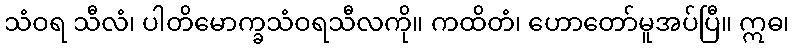
သံဝရ သီလံ၊ ပါတိမောက္ခသံဝရသီလကို။ ကထိတံ၊ ဟောတော်မူအပ်ပြီ။ ဣဓ၊